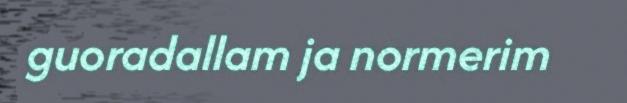
guoradallam ja normerim